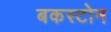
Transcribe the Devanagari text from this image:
बकस्टोन